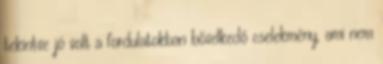
tekintve jó volt a fordulatokban bővelkedő cselekmény, ami nem